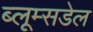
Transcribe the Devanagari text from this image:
ब्लूम्सडेल